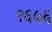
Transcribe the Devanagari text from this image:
९६५६